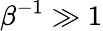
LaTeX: \beta^{-1}\gg 1